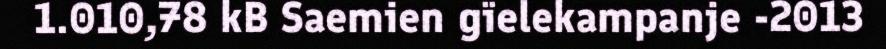
1.010,78 kB Saemien gïelekampanje -2013